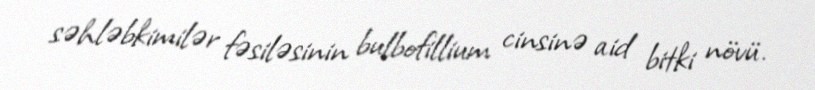
səhləbkimilər fəsiləsinin bulbofillium cinsinə aid bitki növü.